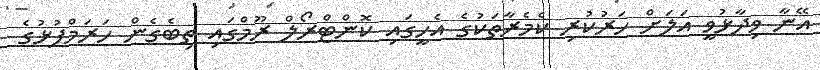
އޭނާ ވިދާޅުވީ އަލަށް ހަރުކުރި ކެމެރާތަކުގެ އެހީގައި ކޮންޓްރޯލް ރޫމްގައި ތިބެގެން ހަރަމްފުޅުގެ